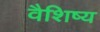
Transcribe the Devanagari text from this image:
वैशिष्य